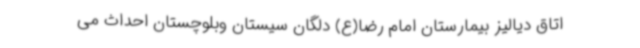
اتاق دیالیز بیمارستان امام رضا(ع) دلگان سیستان وبلوچستان احداث می